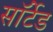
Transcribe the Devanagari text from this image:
सॉर्टेड